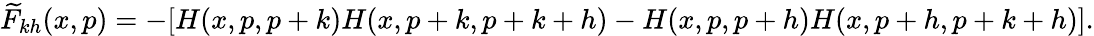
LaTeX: \widetilde F_{kh}(x,p)=-[H(x,p,p+k)H(x,p+k,p+k+h)-H(x,p,p+h)H(x,p+h,p+k+h)].